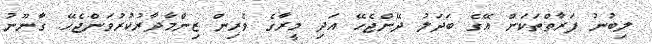
ލިބުނު ފަރާތްތަކަށް އޭގެ ބަދަލު ދޭންޖެހޭ އަދި މީރާގެ ވެރިން ޒިންމާދާރުކުރުވަންޖެހޭ. ގާނޫނު